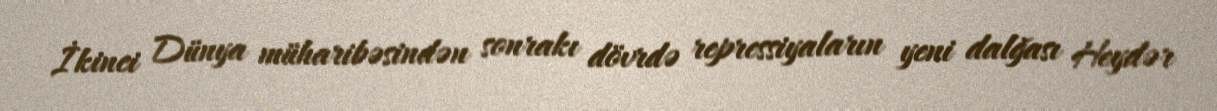
İkinci Dünya müharibəsindən sonrakı dövrdə repressiyaların yeni dalğası Heydər